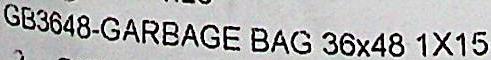
GB3648-GARBAGE BAG 36X48 1X15